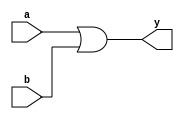
`timescale 1ns / 1ps
//////////////////////////////////////////////////////////////////////////////////
// Company: 
// Engineer: 
// 
// Design Name: 
// Module Name: OrGate
// Project Name: 
// Target Devices: 
// Tool Versions: 
// Description: 
// 
// Dependencies: 
// 
// Revision:
// Revision 0.01 - File Created
// Additional Comments:
// 
//////////////////////////////////////////////////////////////////////////////////


module OrGate(input a,b,output y);
    assign y = a|b;
endmodule